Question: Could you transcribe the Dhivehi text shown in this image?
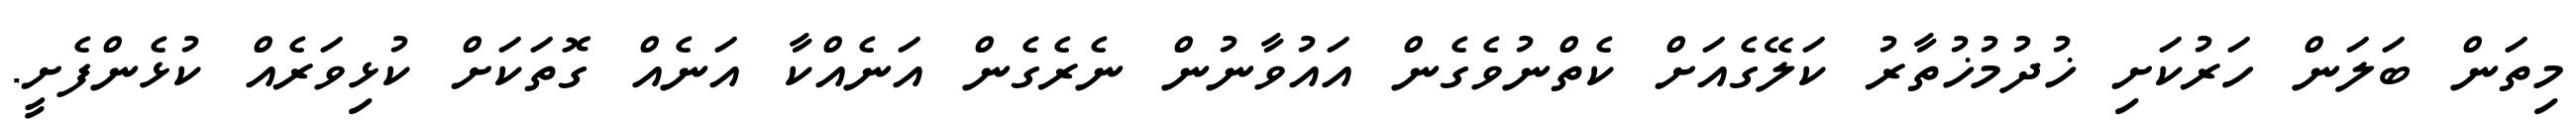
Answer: މިތަން ބަލަން ހަރުކަށި ޚުދުމުޚުތާރު ކަލޭގެއަށް ކެތްނުވެގެން އައުވާނުން ނެރެގެން އަނެއްކާ އަނެއް ގޮތަކަށް ކުޅިވަރެއް ކުޅެންފެށީ.